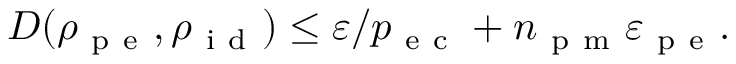
D ( \rho _ { \mathrm { ~ p ~ e ~ } } , \rho _ { \mathrm { ~ i ~ d ~ } } ) \leq \varepsilon / p _ { \mathrm { ~ e ~ c ~ } } + n _ { \mathrm { ~ p ~ m ~ } } \varepsilon _ { \mathrm { ~ p ~ e ~ } } .